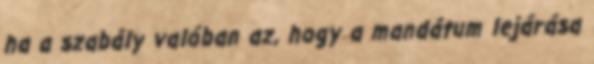
ha a szabály valóban az, hogy a mandátum lejárása